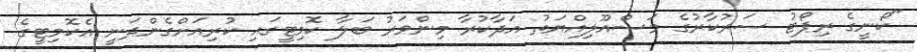
"ކޯނީގެ ރިޕޯޓު ސަރުކާރުގެ މަސްއޫލިއްޔަތު އަދާކުރާ މިންވަރު ބަލާ ކޮމިޓީގައި ކުރިއަށްގެންދަނީ އެކޮމިޓީގެ